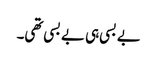
بے بسی ہی بے بسی تھی۔